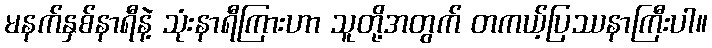
မနက်နှစ်နာရီနဲ့ သုံးနာရီကြားဟာ သူတို့အတွက် တကယ့်ပြဿနာကြီးပါ။